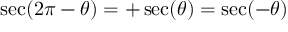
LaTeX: \sec ( 2 \pi - \theta ) = + \sec ( \theta ) = \sec ( - \theta )